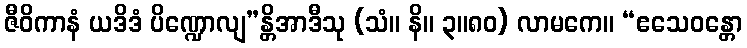
ဇီဝိကာနံ ယဒိဒံ ပိဏ္ဍောလျ”န္တိအာဒီသု (သံ။ နိ။ ၃။၈၀) လာမကေ။ “ဧသေဝန္တော